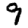
Digit: 9